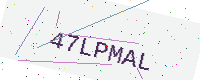
Text: 47LPMAL